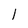
Character: l